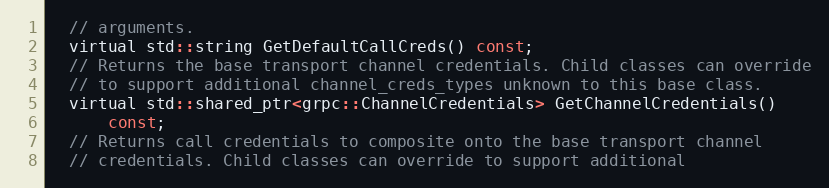
Language: C
  // arguments.
  virtual std::string GetDefaultCallCreds() const;
  // Returns the base transport channel credentials. Child classes can override
  // to support additional channel_creds_types unknown to this base class.
  virtual std::shared_ptr<grpc::ChannelCredentials> GetChannelCredentials()
      const;
  // Returns call credentials to composite onto the base transport channel
  // credentials. Child classes can override to support additional